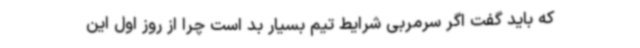
که باید گفت اگر سرمربی شرایط تیم بسیار بد است چرا از روز اول این